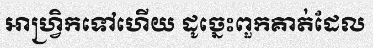
អាហ្វ្រិកទៅហើយ ដូច្នេះពួកគាត់ដែល